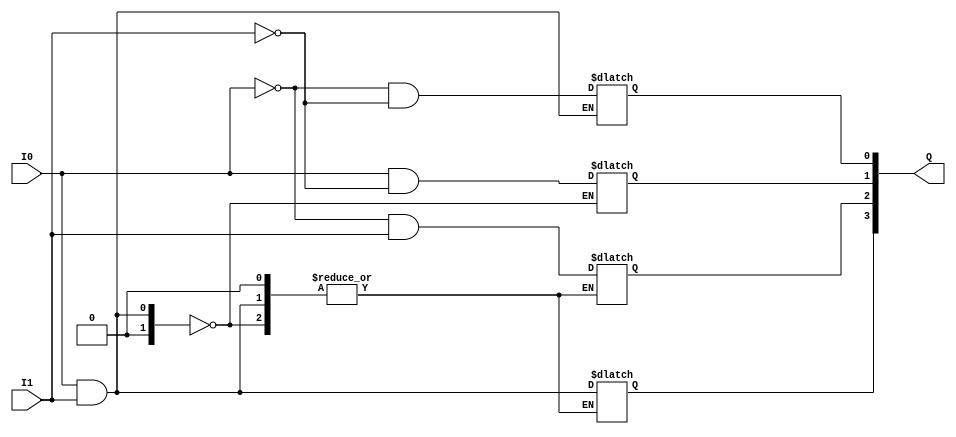
module DecoderCase(input wire I0,I1,output reg [3:0]Q);
always@(*) 
begin
case(I1&I0)
2'b00 :Q[0]=~I0&(~I1); 
2'b01 :Q[1]=I0&(~I1);
2'b10 :Q[2]=~I0&(I1);
2'b11 :Q[3]=I0&I1;
default :Q=1'b0;
endcase
end
endmodule